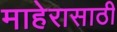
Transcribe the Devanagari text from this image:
माहेरासाठी